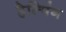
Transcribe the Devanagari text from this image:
हेल्पिंग